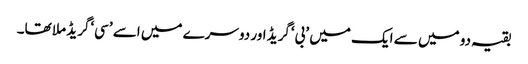
بقیہ دو میں سے ایک میں ’بی‘گریڈ اور دوسرے میں اسے ’سی‘گریڈ ملا تھا۔